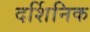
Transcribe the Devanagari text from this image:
दर्शिनिक